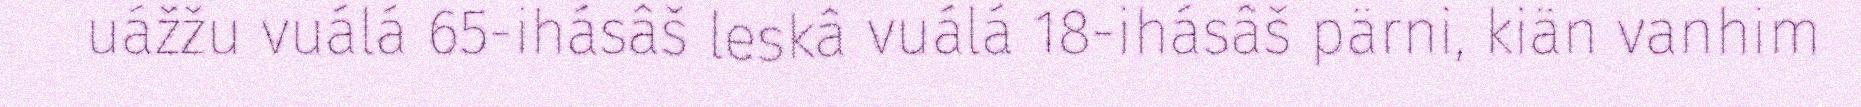
uážžu vuálá 65-ihásâš leskâ vuálá 18-ihásâš pärni, kiän vanhim